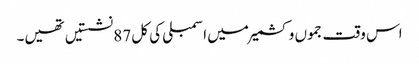
اس وقت جموں و کشمیر میں اسمبلی کی کل 87 نشستیں تھیں۔